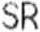
SR